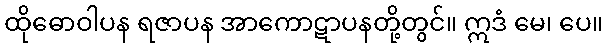
ထိုဓောဝါပန ရဇာပန အာကောဋာပနတို့တွင်။ ဣဒံ မေ၊ ပေ။